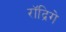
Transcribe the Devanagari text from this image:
रॉद्रिगे